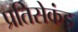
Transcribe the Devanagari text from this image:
प्रतिसेकंड